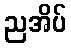
ညအိပ်